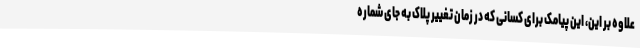
علاوه بر این، این پیامک برای کسانی که در زمان تغییر پلاک به جای شماره